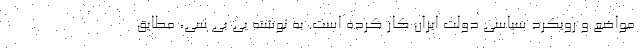
مواضع و رویکرد سیاسی دولت ایران کار کرده است. به نوشته بی بی سی، مطابق